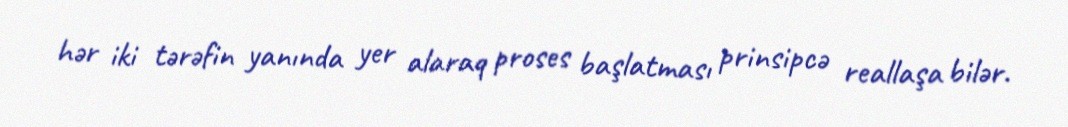
hər iki tərəfin yanında yer alaraq proses başlatması prinsipcə reallaşa bilər.